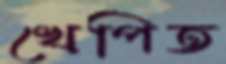
খেপিত